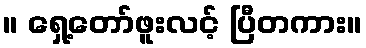
။ ရှေ့တော်ဖူးလင့် ပြီတကား။